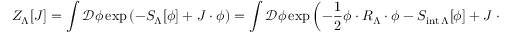
Z _ { \Lambda } [ J ] = \int { \mathcal { D } } \phi \exp \left( - S _ { \Lambda } [ \phi ] + J \cdot \phi \right) = \int { \mathcal { D } } \phi \exp \left( - { \frac { 1 } { 2 } } \phi \cdot R _ { \Lambda } \cdot \phi - S _ { { \mathrm { i n t } } \, \Lambda } [ \phi ] + J \cdot \phi \right)